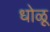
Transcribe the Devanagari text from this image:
धोळू